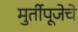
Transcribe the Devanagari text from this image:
मुर्तीपूजेचे